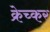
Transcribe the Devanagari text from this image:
क्रेच्कर